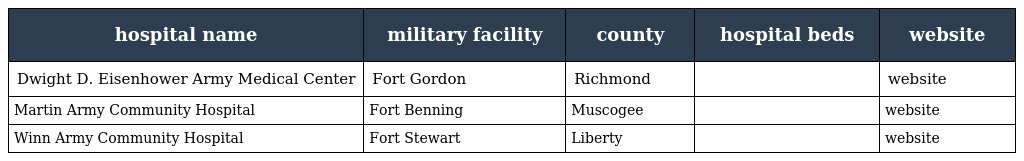
| hospital name | military facility | county | hospital beds | website |
 | --- | --- | --- | --- | --- |
 | Dwight D. Eisenhower Army Medical Center | Fort Gordon | Richmond |  | website |
 | Martin Army Community Hospital | Fort Benning | Muscogee |  | website |
 | Winn Army Community Hospital | Fort Stewart | Liberty |  | website |